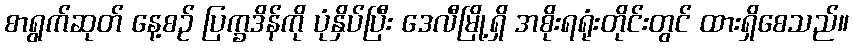
စာရွက်ဆုတ် နေ့စဉ် ပြက္ခဒိန်ကို ပုံနှိပ်ပြီး ဒေလီမြို့ရှိ အစိုးရရုံးတိုင်းတွင် ထားရှိစေသည်။